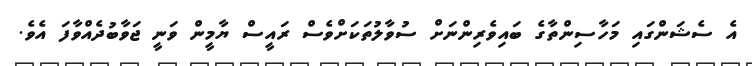
އެ ސެޝަންގައި މަހާސިންތާގެ ބައިވެރިންނަށް ސުވާލުތަކަށްވެސް ރައީސް ޔާމީން ވަނީ ޖަވާބުދެއްވާފަ އެވެ.